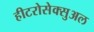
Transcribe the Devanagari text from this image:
हीटरोसेक्सुअल